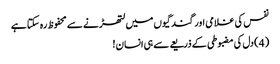
نفس کی غلامی اور گندگیوں میں لتھڑنے سے محفوظ رہ سکتا ہے
( 4 ) دل کی مضبوطی کے ذریعے سے ہی انسان !